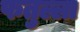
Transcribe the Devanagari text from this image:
फतुल्ला